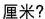
厘米?